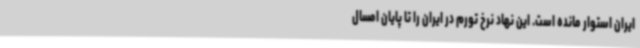
ایران استوار مانده است. این نهاد نرخ تورم در ایران را تا پایان امسال